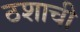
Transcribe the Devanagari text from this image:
ठशाची